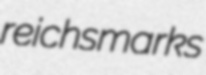
reichsmarks